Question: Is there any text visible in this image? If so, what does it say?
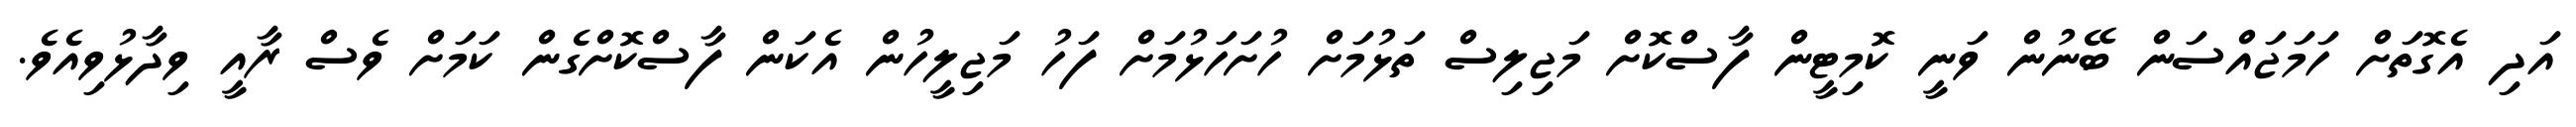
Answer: އަދި އެގޮތަށް ހަމަޖައްސަން ބޭނުން ވަނީ ކޮމިޓީން ފާސްކޮށް މަޖިލިސް ތަޅުމަށް ހުށަހަޅުމަށް ފަހު މަޖިލީހުން އެކަން ފާސްކޮށްގެން ކަމަށް ވެސް ރާއީ ވިދާޅުވިއެވެ.